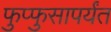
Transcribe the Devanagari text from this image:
फुप्फुसापर्यंत